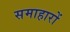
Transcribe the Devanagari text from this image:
समाहारों